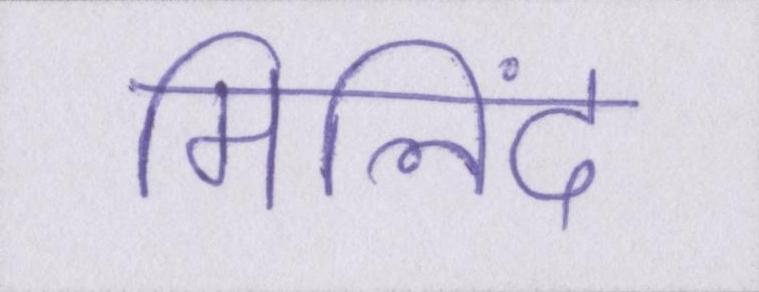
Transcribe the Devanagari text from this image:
मिलिंद